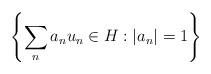
LaTeX: \begin{align*}\left\{\sum_n a_nu_n\in H:|a_n|=1\right\}\end{align*}